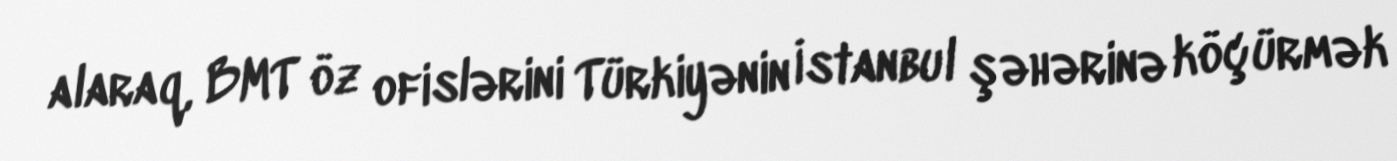
alaraq, BMT öz ofislərini Türkiyənin İstanbul şəhərinə köçürmək